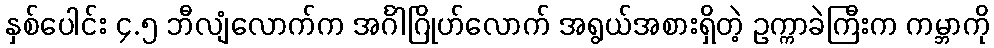
နှစ်ပေါင်း ၄.၅ ဘီလျံလောက်က အင်္ဂါဂြိုဟ်လောက် အရွယ်အစားရှိတဲ့ ဥက္ကာခဲကြီးက ကမ္ဘာကို